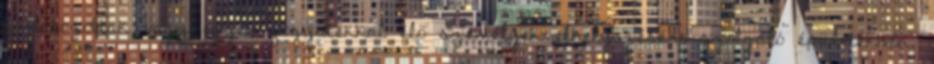
korlátozottak vagy egyéb fogyatékkal élõ személyek elhelyezésére szolgáló épületekben,